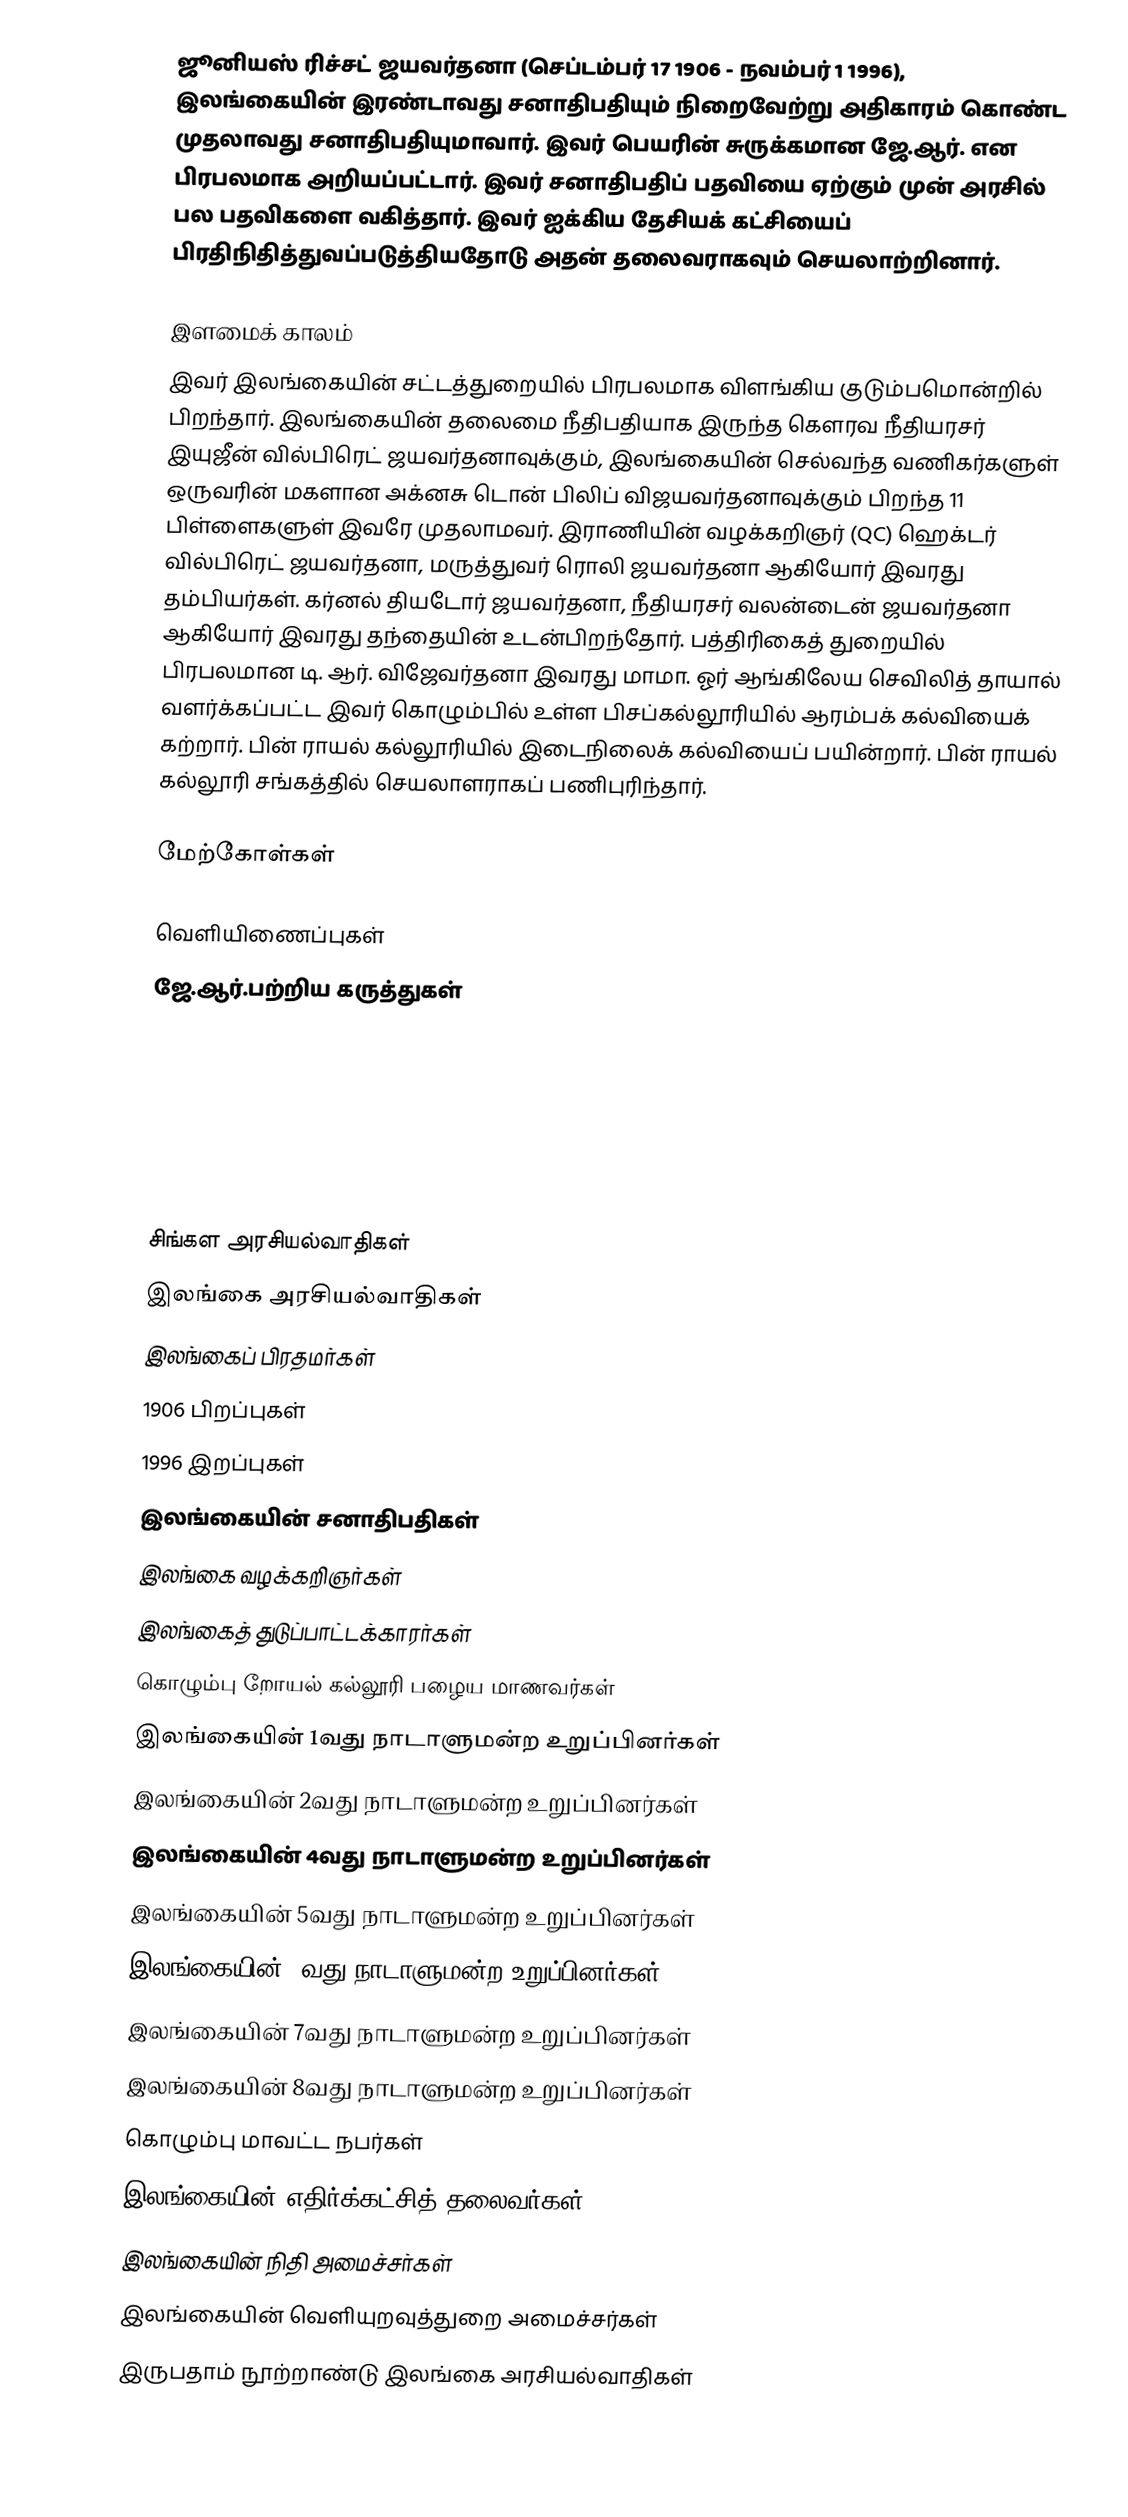
ஜூனியஸ் ரிச்சட் ஜயவர்தனா (செப்டம்பர் 17 1906 - நவம்பர் 1 1996), இலங்கையின் இரண்டாவது சனாதிபதியும் நிறைவேற்று அதிகாரம் கொண்ட முதலாவது சனாதிபதியுமாவார். இவர் பெயரின் சுருக்கமான ஜே.ஆர். என பிரபலமாக அறியப்பட்டார். இவர் சனாதிபதிப் பதவியை ஏற்கும் முன் அரசில் பல பதவிகளை வகித்தார். இவர் ஐக்கிய தேசியக் கட்சியைப் பிரதிநிதித்துவப்படுத்தியதோடு அதன் தலைவராகவும் செயலாற்றினார்.

இளமைக் காலம்
இவர் இலங்கையின் சட்டத்துறையில் பிரபலமாக விளங்கிய குடும்பமொன்றில் பிறந்தார். இலங்கையின் தலைமை நீதிபதியாக இருந்த கௌரவ நீதியரசர் இயுஜீன் வில்பிரெட் ஜயவர்தனாவுக்கும், இலங்கையின் செல்வந்த வணிகர்களுள் ஒருவரின் மகளான அக்னசு டொன் பிலிப் விஜயவர்தனாவுக்கும் பிறந்த 11 பிள்ளைகளுள் இவரே முதலாமவர். இராணியின் வழக்கறிஞர் (QC) ஹெக்டர் வில்பிரெட் ஜயவர்தனா, மருத்துவர் ரொலி ஜயவர்தனா ஆகியோர் இவரது தம்பியர்கள். கர்னல் தியடோர் ஜயவர்தனா, நீதியரசர் வலன்டைன் ஜயவர்தனா ஆகியோர் இவரது தந்தையின் உடன்பிறந்தோர். பத்திரிகைத் துறையில் பிரபலமான டி. ஆர். விஜேவர்தனா இவரது மாமா. ஓர் ஆங்கிலேய செவிலித் தாயால் வளர்க்கப்பட்ட இவர் கொழும்பில் உள்ள பிசப்கல்லூரியில் ஆரம்பக் கல்வியைக் கற்றார். பின் ராயல் கல்லூரியில் இடைநிலைக் கல்வியைப் பயின்றார். பின் ராயல் கல்லூரி சங்கத்தில் செயலாளராகப் பணிபுரிந்தார்.

மேற்கோள்கள்

வெளியிணைப்புகள்
 ஜே.ஆர்.பற்றிய கருத்துகள்

சிங்கள அரசியல்வாதிகள்
இலங்கை அரசியல்வாதிகள்
இலங்கைப் பிரதமர்கள்
1906 பிறப்புகள்
1996 இறப்புகள்
இலங்கையின் சனாதிபதிகள்
இலங்கை வழக்கறிஞர்கள்
இலங்கைத் துடுப்பாட்டக்காரர்கள்
கொழும்பு றோயல் கல்லூரி பழைய மாணவர்கள்
இலங்கையின் 1வது நாடாளுமன்ற உறுப்பினர்கள்
இலங்கையின் 2வது நாடாளுமன்ற உறுப்பினர்கள்
இலங்கையின் 4வது நாடாளுமன்ற உறுப்பினர்கள்
இலங்கையின் 5வது நாடாளுமன்ற உறுப்பினர்கள்
இலங்கையின் 6வது நாடாளுமன்ற உறுப்பினர்கள்
இலங்கையின் 7வது நாடாளுமன்ற உறுப்பினர்கள்
இலங்கையின் 8வது நாடாளுமன்ற உறுப்பினர்கள்
கொழும்பு மாவட்ட நபர்கள்
இலங்கையின் எதிர்க்கட்சித் தலைவர்கள்
இலங்கையின் நிதி அமைச்சர்கள்
இலங்கையின் வெளியுறவுத்துறை அமைச்சர்கள்
இருபதாம் நூற்றாண்டு இலங்கை அரசியல்வாதிகள்